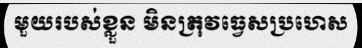
មួយរបស់ខ្លួន មិនត្រុវធ្វេសប្រហេស